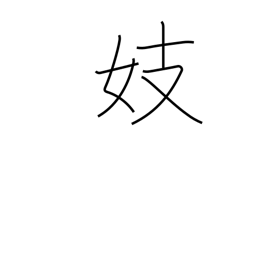
Meaning: singing girl